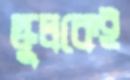
স্কুলকেই